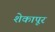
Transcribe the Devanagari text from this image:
शेकापूर